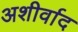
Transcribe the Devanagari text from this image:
अशीर्वाद